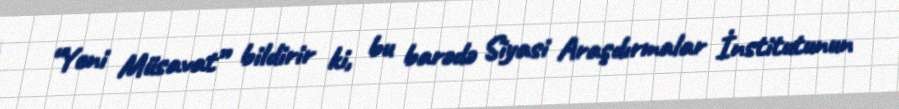
“Yeni Müsavat” bildirir ki, bu barədə Siyasi Araşdırmalar İnstitutunun